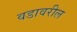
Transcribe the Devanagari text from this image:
वडावरील